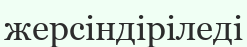
жерсіндіріледі